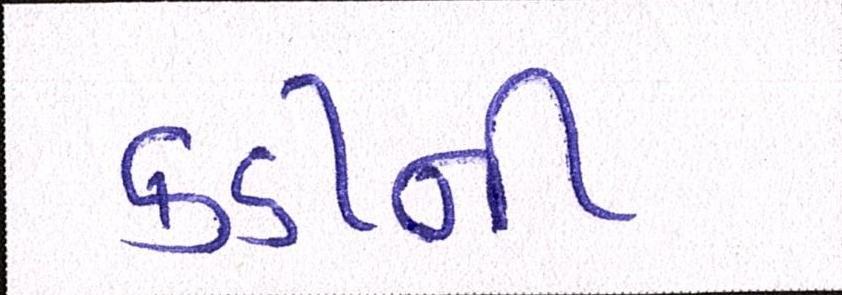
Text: કડીની